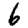
Digit: 6